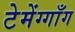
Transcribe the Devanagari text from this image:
टेमेंग्गाँग